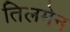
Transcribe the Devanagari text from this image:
तिलमेन